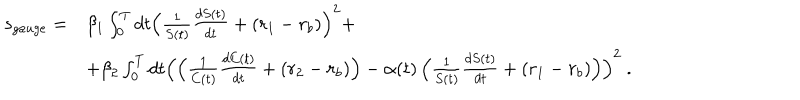
LaTeX: \begin{array} { r l } { { s _ { g a u g e } = } } & { { \beta _ { 1 } \int _ { 0 } ^ { T } d t \left( \frac { 1 } { S ( t ) } \frac { d S ( t ) } { d t } + ( r _ { 1 } - r _ { b } ) \right) ^ { 2 } + } } \\ { { } } & { { + \beta _ { 2 } \int _ { 0 } ^ { T } d t \left( \left( \frac { 1 } { C ( t ) } \frac { d C ( t ) } { d t } + ( r _ { 2 } - r _ { b } ) \right) - \alpha ( t ) \left( \frac { 1 } { S ( t ) } \frac { d S ( t ) } { d t } + ( r _ { 1 } - r _ { b } ) \right) \right) ^ { 2 } \ . } } \\ \end{array}